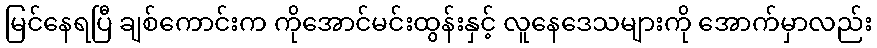
မြင်နေရပြီ ချစ်ကောင်းက ကိုအောင်မင်းထွန်းနှင့် လူနေဒေသများကို အောက်မှာလည်း